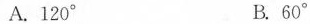
A.120° B.60°